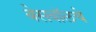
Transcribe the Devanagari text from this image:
बेसबॉलचे